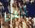
الغاء